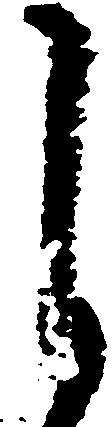
自